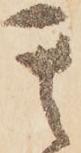
其